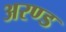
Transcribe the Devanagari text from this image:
अरण्ड